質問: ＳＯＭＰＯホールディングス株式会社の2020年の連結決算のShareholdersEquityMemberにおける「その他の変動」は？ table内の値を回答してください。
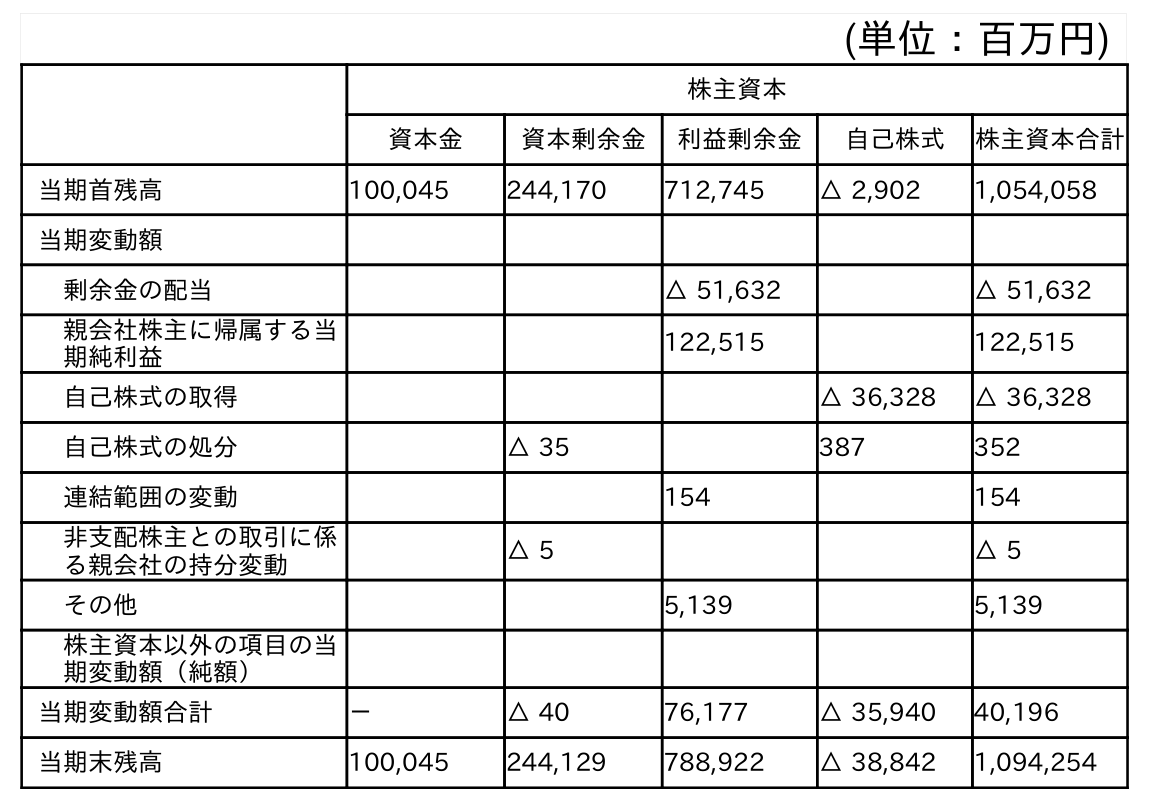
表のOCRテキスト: (単位：百万円) 株主資本 資本金 資本剰余金 利益剰余金 自己株式 株主資本合計 当期首残高 100,045 244,170 712,745 △ 2,902 1,054,058 当期変動額 剰余金の配当 △ 51,632 △ 51,632 親会社株主に帰属する当 期純利益 122,515 122,515 自己株式の取得 △ 36,328 △ 36,328 自己株式の処分 △ 35 387 352 連結範囲の変動 154 154 非支配株主との取引に係 る親会社の持分変動 △ 5 △ 5 その他 5,139 5,139 株主資本以外の項目の当 期変動額（純額） 当期変動額合計 － △ 40 76,177 △ 35,940 40,196 当期末残高 100,045 244,129 788,922 △ 38,842 1,094,254
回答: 5,139